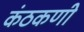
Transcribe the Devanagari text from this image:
कंठकणी